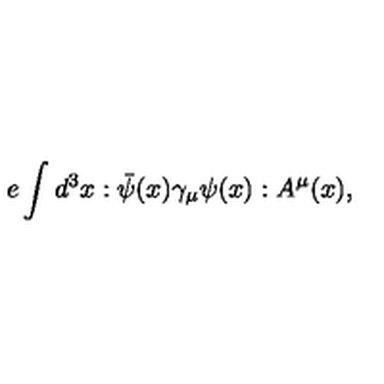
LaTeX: e \int d ^ { 3 } x : \bar { \psi } ( x ) \gamma _ { \mu } \psi ( x ) : A ^ { \mu } ( x ) ,